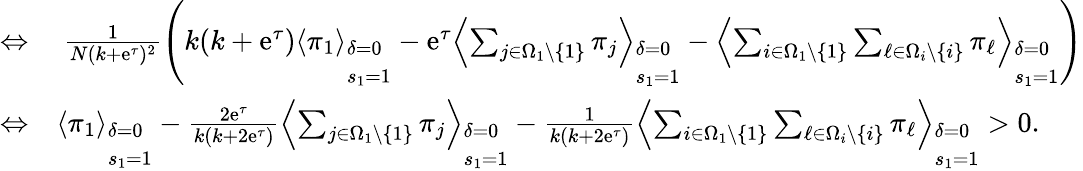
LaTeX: \begin{array}{rl}{\Leftrightarrow}&{{}~\frac{1}{N(k+\mathrm{e}^{\tau})^{2}}\left(k(k+\mathrm{e}^{\tau})\left\langle\pi_{1}\right\rangle_{\begin{array}{l}{\delta=0}\\ {s_{1}=1}\end{array}}-\mathrm{e}^{\tau}\left\langle\sum_{j\in\Omega_{1}\backslash\{ 1\} }\pi_{j}\right\rangle_{\begin{array}{l}{\delta=0}\\ {s_{1}=1}\end{array}}-\left\langle\sum_{i\in\Omega_{1}\backslash\{ 1\} }\sum_{\ell\in\Omega_{i}\backslash\{ i\} }\pi_{\ell}\right\rangle_{\begin{array}{l}{\delta=0}\\ {s_{1}=1}\end{array}}\right)}\\ {\Leftrightarrow}&{{}\left\langle\pi_{1}\right\rangle_{\begin{array}{l}{\delta=0}\\ {s_{1}=1}\end{array}}-\frac{2\mathrm{e}^{\tau}}{k(k+2\mathrm{e}^{\tau})}\left\langle\sum_{j\in\Omega_{1}\backslash\{ 1\} }\pi_{j}\right\rangle_{\begin{array}{l}{\delta=0}\\ {s_{1}=1}\end{array}}-\frac{1}{k(k+2\mathrm{e}^{\tau})}\left\langle\sum_{i\in\Omega_{1}\backslash\{ 1\} }\sum_{\ell\in\Omega_{i}\backslash\{ i\} }\pi_{\ell}\right\rangle_{\begin{array}{l}{\delta=0}\\ {s_{1}=1}\end{array}}>0.}\end{array}